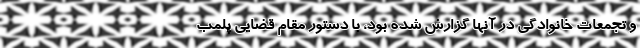
و تجمعات خانوادگی در آنها گزارش شده بود، با دستور مقام قضایی پلمب